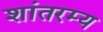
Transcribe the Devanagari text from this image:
शांतरम्य